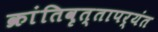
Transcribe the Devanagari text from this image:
क्रांतिवृत्तापर्यंत